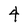
Character: 4